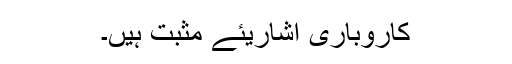
کاروباری اشاریئے مثبت ہیں۔